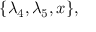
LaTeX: \{ \lambda _ { 4 } , \lambda _ { 5 } , x \} ,